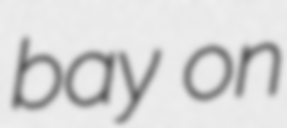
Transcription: bay on